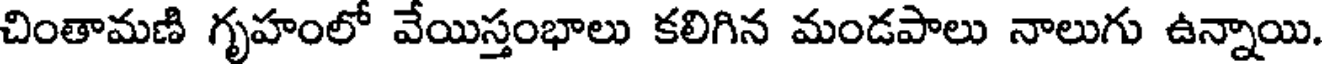
చింతామణి గృహంలో వేయిస్తంభాలు కలిగిన మండపాలు నాలుగు ఉన్నాయి.